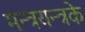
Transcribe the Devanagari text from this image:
मन्त्रयन्त्रके